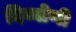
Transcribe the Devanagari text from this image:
दिव्योणी